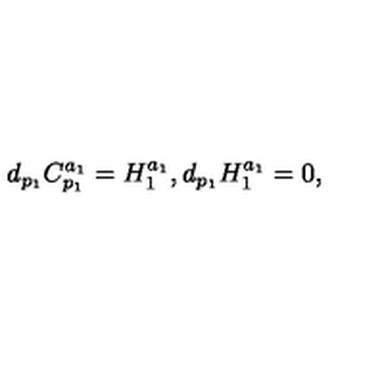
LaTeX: d _ { p _ { 1 } } C _ { p _ { 1 } } ^ { a _ { 1 } } = H _ { 1 } ^ { a _ { 1 } } , d _ { p _ { 1 } } H _ { 1 } ^ { a _ { 1 } } = 0 ,